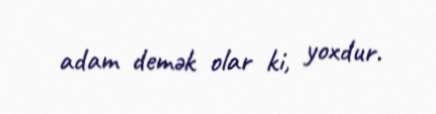
adam demək olar ki, yoxdur.